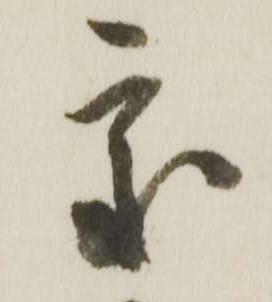
処